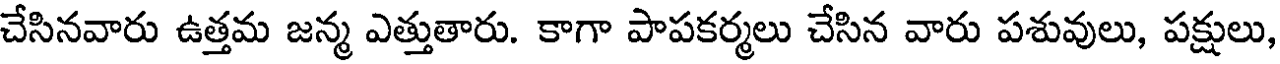
చేసినవారు ఉత్తమ జన్మ ఎత్తుతారు. కాగా పాపకర్మలు చేసిన వారు పశువులు, పక్షులు,